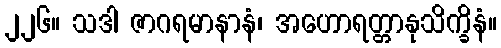
၂၂၆။ သဒါ ဇာဂရမာနာနံ၊ အဟောရတ္တာနုသိက္ခိနံ။